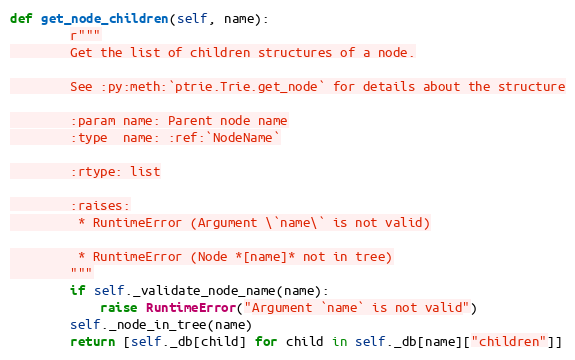
Language: Python
def get_node_children(self, name):
        r"""
        Get the list of children structures of a node.

        See :py:meth:`ptrie.Trie.get_node` for details about the structure

        :param name: Parent node name
        :type  name: :ref:`NodeName`

        :rtype: list

        :raises:
         * RuntimeError (Argument \`name\` is not valid)

         * RuntimeError (Node *[name]* not in tree)
        """
        if self._validate_node_name(name):
            raise RuntimeError("Argument `name` is not valid")
        self._node_in_tree(name)
        return [self._db[child] for child in self._db[name]["children"]]